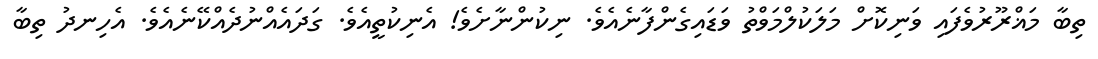
ތިބާ މަޣްރޫރުވެފައި ވަނިކޮށް މަލަކުލްމަވްތު ވަޑައިގެންފާނެއެވެ. ނިކުންނާށެވެ! އެނިކުތީއެވެ. ގަދައެއްނުދެއްކޭނެއެވެ. އެހިނދު ތިބާ